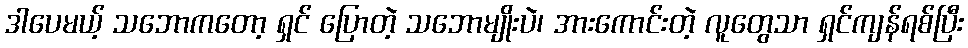
ဒါပေမယ့် သဘောကတော့ ရှင် ပြောတဲ့ သဘောမျိုးပဲ၊ အားကောင်းတဲ့ လူတွေသာ ရှင်ကျန်ရစ်ပြီး